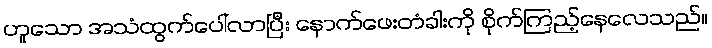
ဟူသော အသံထွက်ပေါ်လာပြီး နောက်ဖေးတံခါးကို စိုက်ကြည့်နေလေသည်။